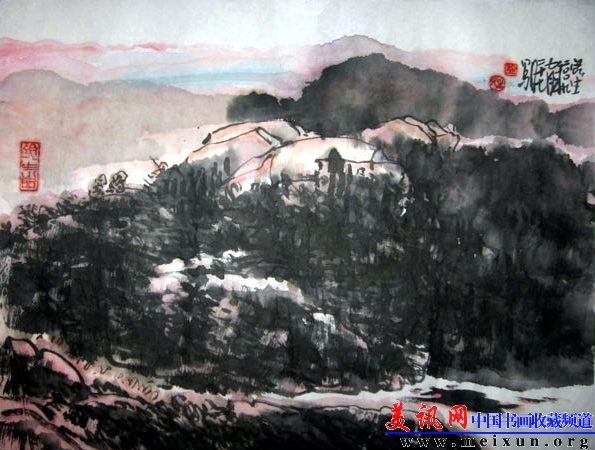
巴山楚水凄凉地，二十三年弃置身。